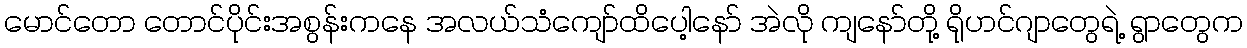
မောင်တော တောင်ပိုင်းအစွန်းကနေ အလယ်သံကျော်ထိပေါ့နော် အဲလို ကျနော်တို့ ရိုဟင်ဂျာတွေရဲ့ ရွာတွေက